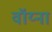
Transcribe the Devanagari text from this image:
वॉय्ना